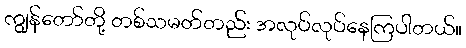
ကျွန်တော်တို့ တစ်သမတ်တည်း အလုပ်လုပ်နေကြပါတယ်။